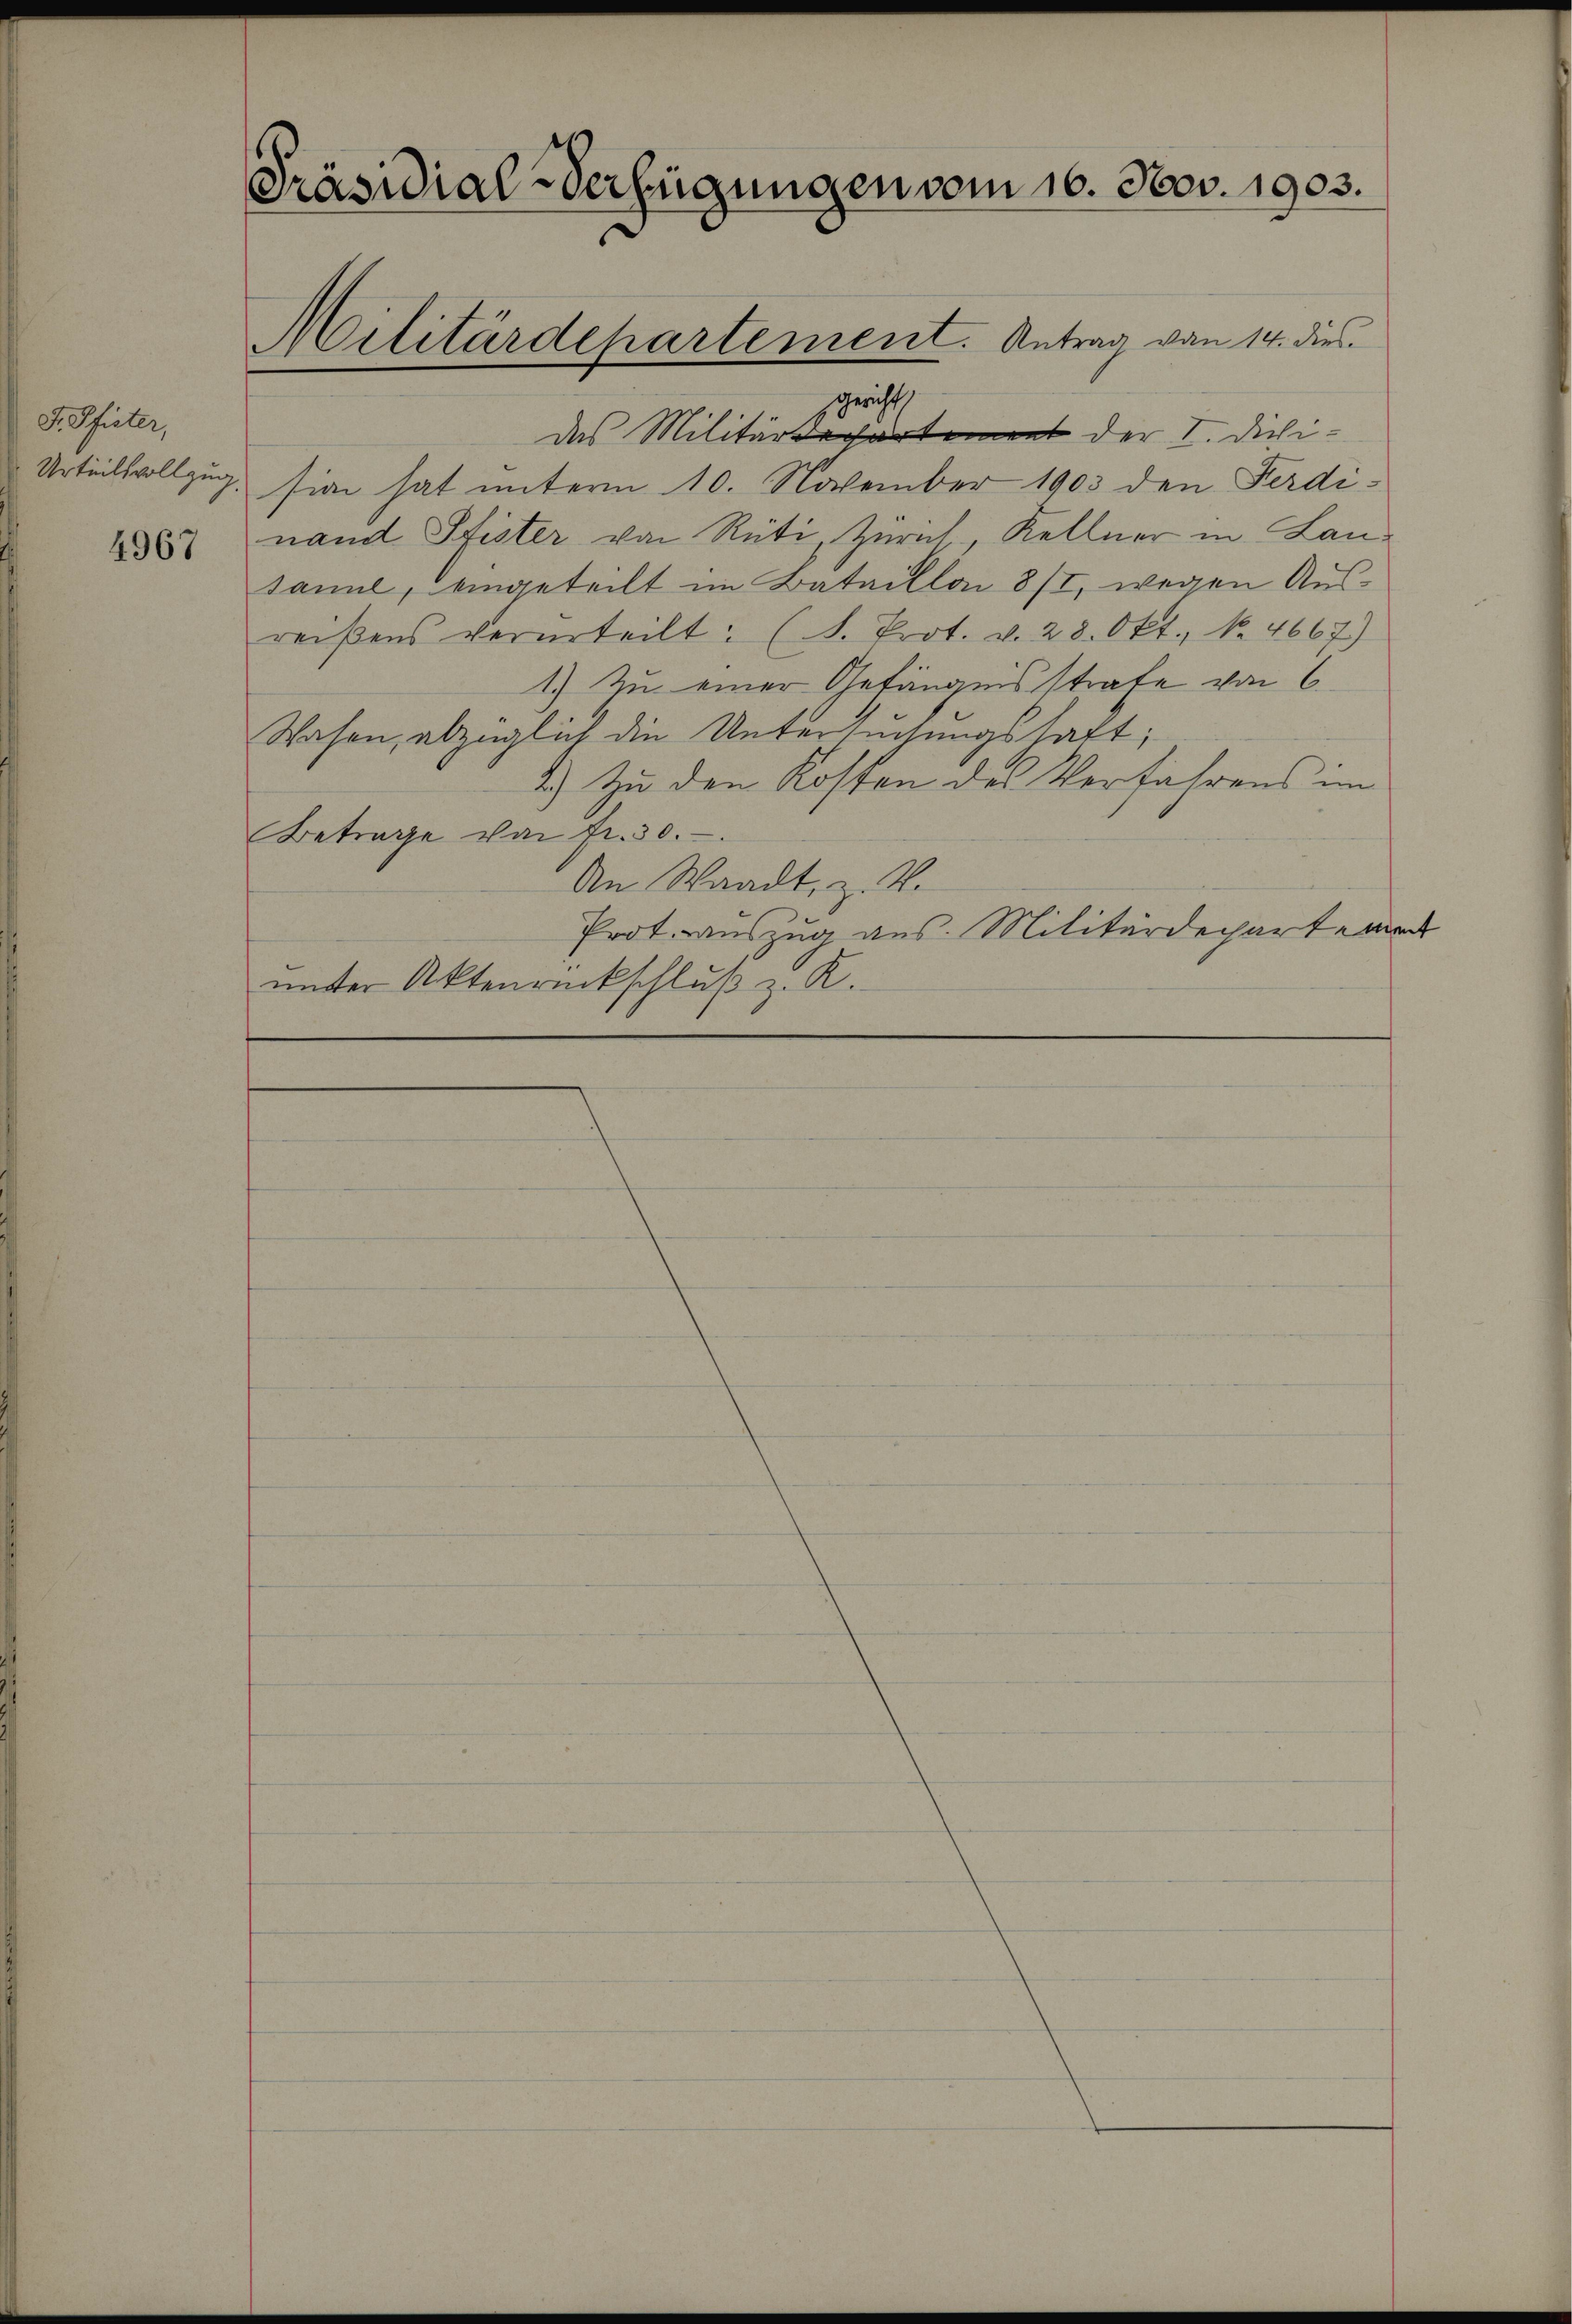
F. Pfister,
Urteilsvollzug,

4967

Präsidial-Verfügungen vom 16. Nov. 1903.
Militärdepartement. Antrag von 14. dies

gericht,
das Militärdepartement der I. Dichision hat unterm 10. November 1903 den Ferdinand Pfister von Rüti, Zürich Kellner in Lansanne, eingeteilt im Batailla 8/I, wegen Ausreißens verurteilt: (S. Prot. v. 28. Okt., No. 4667)
1.) Zu einer Gefängnisstrafe von 6
Wasen, abzüglich die Untersuchungshaft;
1.) Zu den Kosten des Verfahrens im
Betrage von fr. 30.
An Waadt, z. V.
Prot. auszug aus. Militärdeparte und
unter Aktenrückschluß z. R.